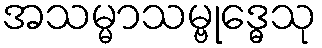
အသမ္မာသမ္ဗုဒ္ဓေသု